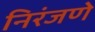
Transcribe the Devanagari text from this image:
निरंजणे